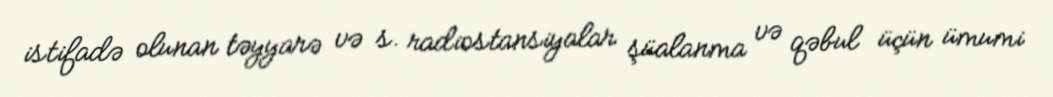
istifadə olunan təyyarə və s. radiostansiyalar şüalanma və qəbul üçün ümumi